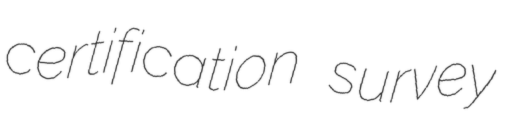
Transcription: certification survey